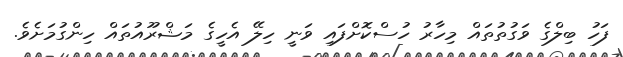
ފަހު ބިލްގެ ވަގުތުތައް މިހާރު ހުސްކޮށްފައި ވަނީ ހިލޭ އެހީގެ މަޝްރޫއުތައް ހިންގުމަށެވެ.